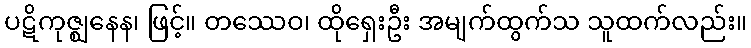
ပဋိကုဇ္ဈနေန၊ ဖြင့်။ တဿေဝ၊ ထိုရှေးဦး အမျက်ထွက်သ သူထက်လည်း။